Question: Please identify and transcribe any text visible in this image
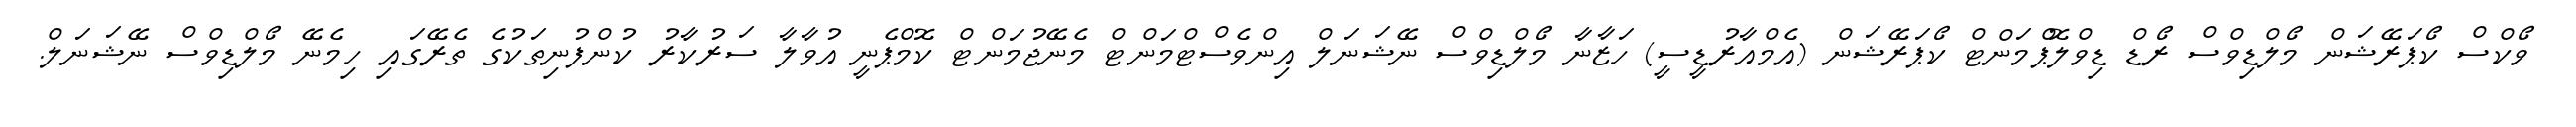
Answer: ވޯކްސް ކޯޕަރޭޝަން މޯލްޑިވްސް ރޯޑް ޑިވްލޮޕްމަންޓް ކޯޕަރޭޝަން (އެމްއާރުޑީސީ) ހަޒާނާ މޯލްޑިވްސް ނޭޝަނަލް އިންވެސްޓްމަންޓް މެނޭޖުމަންޓް ކޮމްޕެނީ އުވާލާ ސަރުކާރު ކުންފުނިތަކުގެ ތެރޭގައި ހިމެނޭ މޯލްޑިވްސް ނޭޝަނަލް.